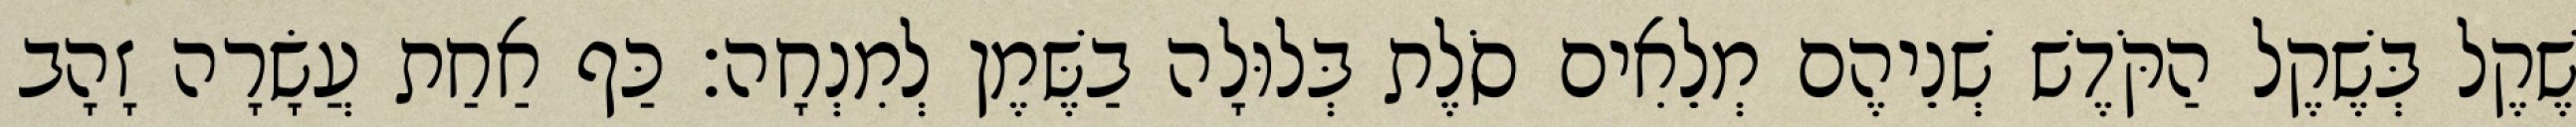
שֶׁקֶל בְּשֶׁקֶל הַקֹּדֶשׁ שְׁנֵיהֶם מְלֵאִים סֹלֶת בְּלוּלָה בַשֶּׁמֶן לְמִנְחָה׃ כַּף אַחַת עֲשָׂרָה זָהָב